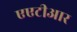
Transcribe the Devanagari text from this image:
एएटीआर